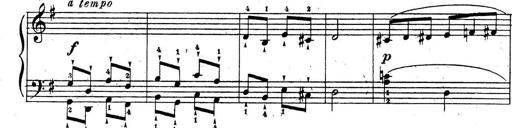
Title: 10 Sonatinas
Composer: Fritz Spindler